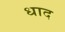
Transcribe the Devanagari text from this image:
धाद